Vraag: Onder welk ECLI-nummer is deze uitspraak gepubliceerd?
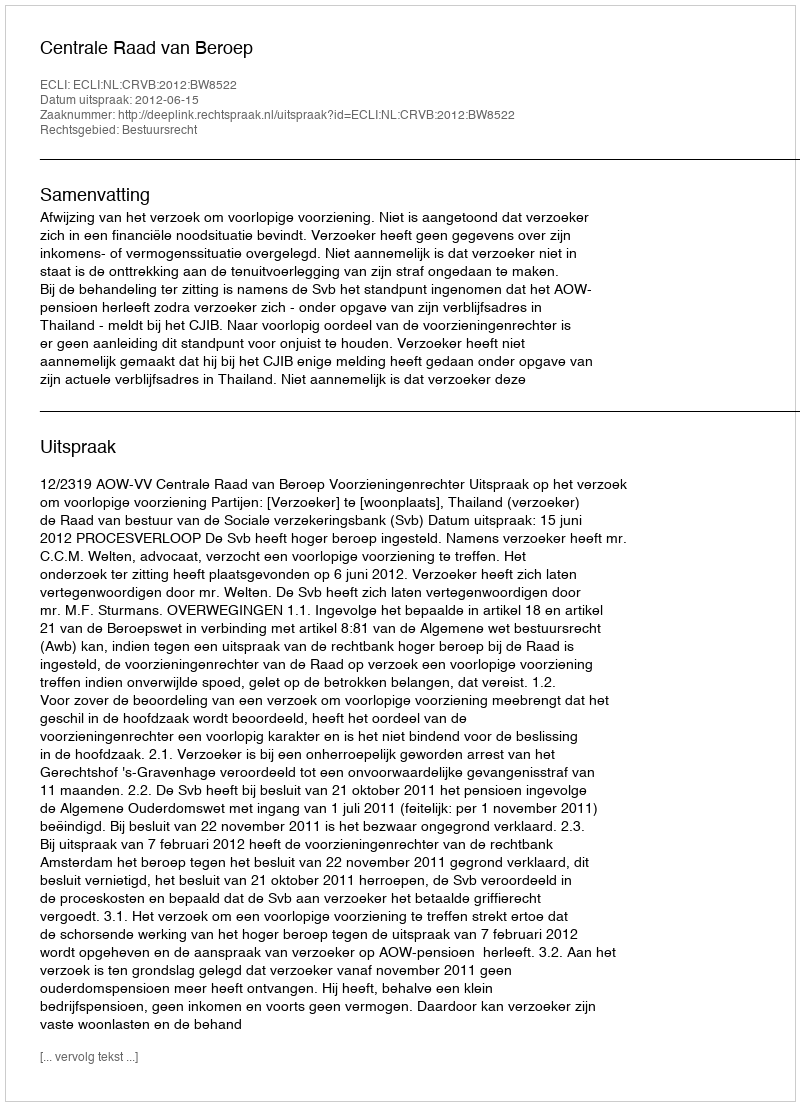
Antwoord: ECLI:NL:CRVB:2012:BW8522